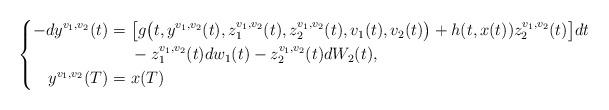
LaTeX: \begin{align*}\left\{ \begin{aligned} -dy^{v_{1}, v_{2}}(t) = &\ \big[g\big(t, y^{v_{1}, v_{2}}(t), z_{1}^{v_{1}, v_{2}}(t), z_{2}^{v_{1}, v_{2}}(t), v_{1}(t), v_{2}(t)\big)+h(t, x(t))z_{2}^{v_{1}, v_{2}}(t)\big]dt\\ &\ -z_{1}^{v_{1}, v_{2}}(t)dw_{1}(t)-z_{2}^{v_{1}, v_{2}}(t)dW_{2}(t), \\y^{v_{1}, v_{2}}(T) = &\ x(T) \end{aligned}\right.\end{align*}